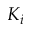
K _ { i }